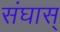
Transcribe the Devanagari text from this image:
संघास्